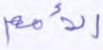
الأمم